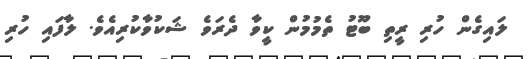
ލައިގެން ހުރި ރީތި ބޫޓު ތެމުމުން ކީވާ ދެރަވެ ޝަކުވާކުރިއެވެ. ލާފައި ހުރި